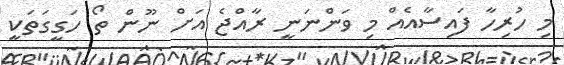
މި ހުރިހާ ފައިސާއެއް މި ވަންނަނީ ރާއްޖެ އަށް ނޫން ތޯ ހަގީގަތަކީ